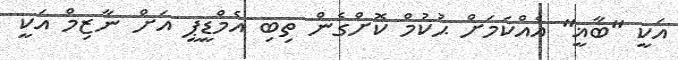
އަކީ "ބާޣީ" އެއްކަމަށް ޙުކުމް ކޮށްގެން ތިބި އެމްޑީޕީ އަށް ނާޒިމް އަކީ